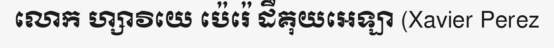
លោក ហ្សាវិយេ ប៉េរ៉េ ដឺគុយអេឡា (Xavier Perez